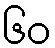
၆၀